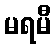
မရမီ